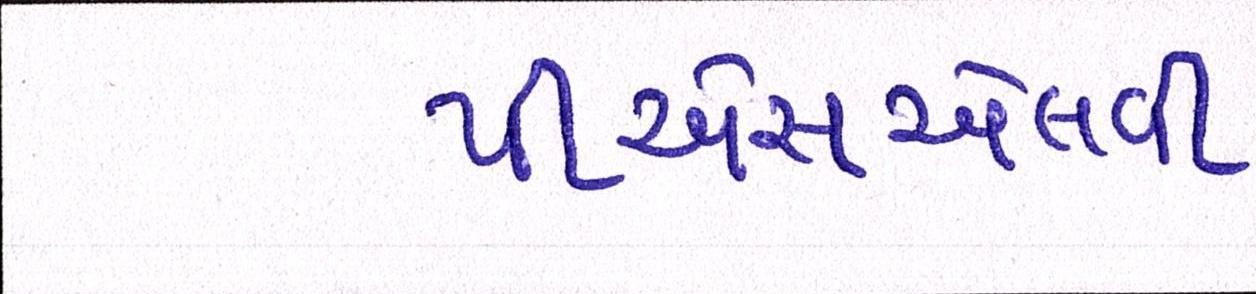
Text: પીએસએલવી